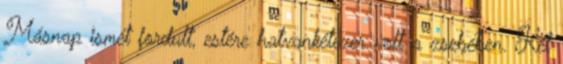
Másnap ismét fordult, estére hatvankétezer volt a zsebében. Két